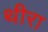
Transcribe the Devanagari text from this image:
थीरा